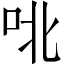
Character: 𫩡